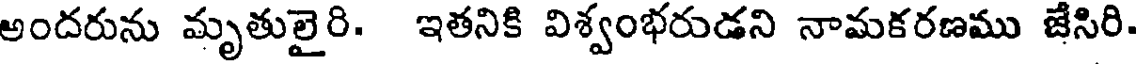
అందరును మృతులైరి. ఇతనికి విశ్వంభరుడని నామకరణము జేసిరి